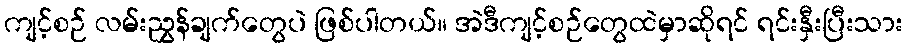
ကျင့်စဉ် လမ်းညွှန်ချက်တွေပဲ ဖြစ်ပါတယ်။ အဲဒီကျင့်စဉ်တွေထဲမှာဆိုရင် ရင်းနှီးပြီးသား